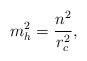
LaTeX: \begin{align*}m^{2}_h=\frac{n^2}{r^{2}_c},\end{align*}